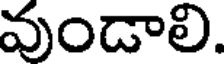
వుండాలి.